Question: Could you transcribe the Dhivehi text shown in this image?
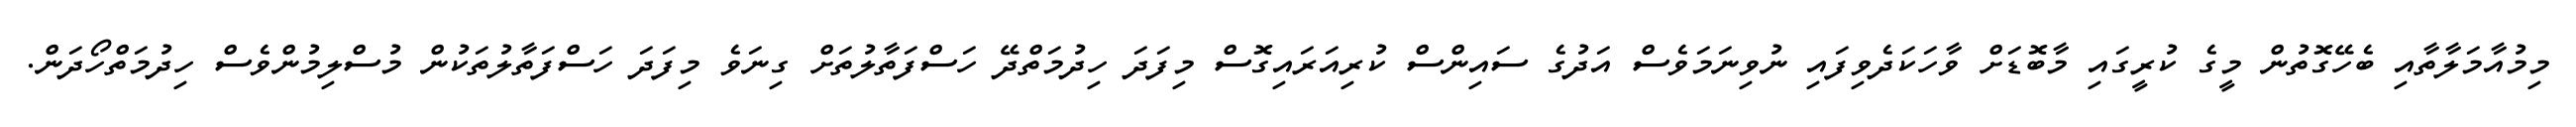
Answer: މިމުއާމަލާތާއި ބެހޭގޮތުން މީގެ ކުރީގައި މާބޮޑަށް ވާހަކަދެވިފައި ނުވިނަމަވެސް އަދުގެ ސައިންސް ކުރިއަރައިގޮސް މިފަދަ ހިދުމަތްދޭ ހަސްފަތާލުތަށް ގިނަވެ މިފަދަ ހަސްފަތާލުތަކުން މުސްލިމުންވެސް ހިދުމަތްހޯދަން.